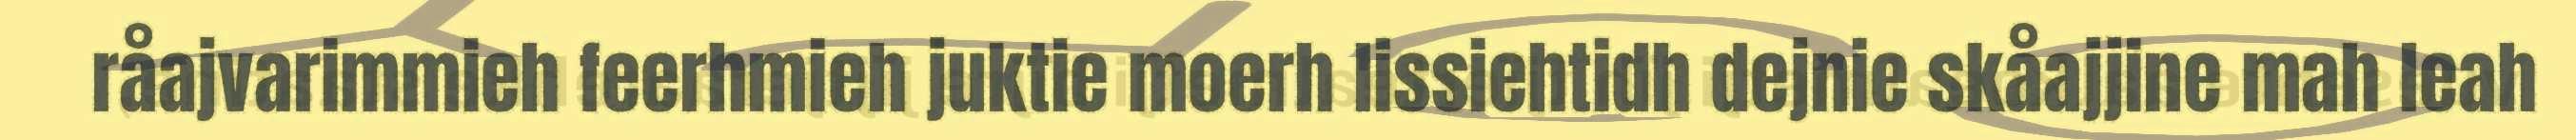
råajvarimmieh feerhmieh juktie moerh lissiehtidh dejnie skåajjine mah leah